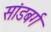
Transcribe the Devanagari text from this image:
सांडबर्ग